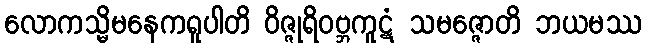
လောကသ္မိမနေကရူပါတိ ဝိဇ္ဇုရိဝဗ္ဘကူဋံ သမဇ္ဇောတိ ဘယမဿ